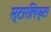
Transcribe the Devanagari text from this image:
स्टारलिफ्टर